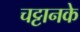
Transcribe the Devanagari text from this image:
चट्टानके